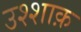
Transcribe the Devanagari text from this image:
उश्शाक़